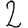
Digit: 2